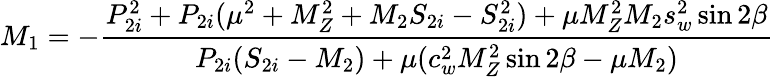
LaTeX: M_{1}=-\frac{P_{2i}^{2}+P_{2i}(\mu^{2}+M_{Z}^{2}+M_{2}S_{2i}-S_{2i}^{2})+\mu M_{Z}^{2}M_{2}s_{w}^{2}\sin 2\beta}{P_{2i}(S_{2i}-M_{2})+\mu(c_{w}^{2}M_{Z}^{2}\sin 2\beta-\mu M_{2})}